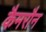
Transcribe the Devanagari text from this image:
कैमरौन